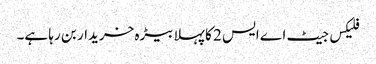
فلیکس جیٹ اے ایس 2 کا پہلا بیڑہ خریدار بن رہا ہے۔